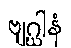
ဗျဂ္ဃါနံ